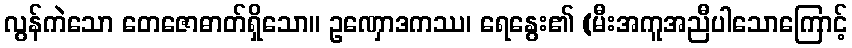
လွန်ကဲသော တေဇောဓာတ်ရှိသော။ ဥဏှောဒကဿ၊ ရေနွေး၏ (မီးအကူအညီပါသောကြောင့်